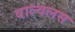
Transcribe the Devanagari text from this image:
वाल्वलस